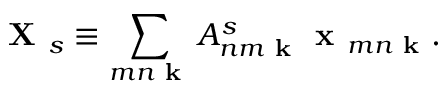
\textbf { X } _ { s } \equiv \sum _ { m n \textbf { k } } A _ { n m \textbf { k } } ^ { s } \textbf { x } _ { m n \textbf { k } } .